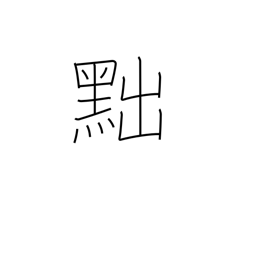
Meaning: draw back